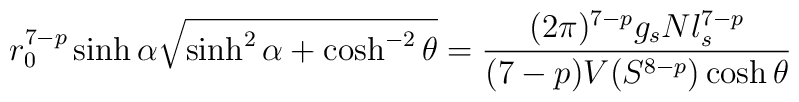
r_0^{7-p} \sinh \alpha \sqrt{ \sinh^2 \alpha + \cosh^{-2} \theta }  = \frac{(2\pi)^{7-p} g_s N l_s^{7-p}}{(7-p) V( S^{8-p} ) \cosh \theta}